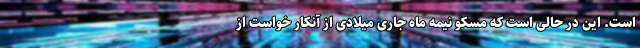
است. این در حالی است که مسکو نیمه ماه جاری میلادی از آنکار خواست از